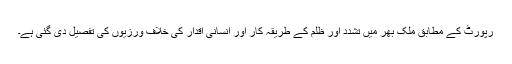
رپورٹ کے مطابق ملک بھر میں تشدد اور ظلم کے طریقہ کار اور انسانی اقدار کی خلاف ورزیوں کی تفصیل دی گئی ہے۔